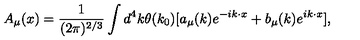
A _ { \mu } ( x ) = \frac { 1 } { ( 2 \pi ) ^ { 2 / 3 } } \int d ^ { 4 } k \theta ( k _ { 0 } ) { [ a _ { \mu } ( k ) e ^ { - i k \cdot x } + b _ { \mu } ( k ) e ^ { i k \cdot x } ] } ,